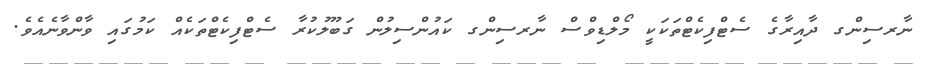
ނާރސިންގ ދާއިރާގެ ސެޓްފިކެޓްތަކަކީ މޯލްޑިވްސް ނާރސިންގ ކައުންސިލުން ގަބޫލުކުރާ ސެޓްފިކެޓްތަކެއް ކަމުގައި ވާންވާނެއެވެ.